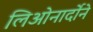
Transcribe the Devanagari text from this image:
लिओनार्दोने